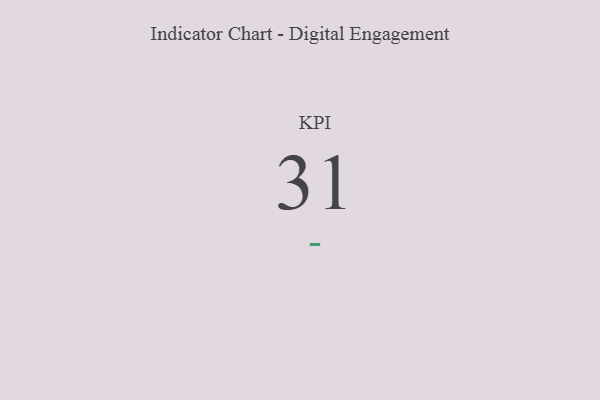
{"axis": {"x": "KPI", "y": "Value"}, "legend": [""], "data": [{"x": "KPI", "y": 31, "type": ""}]}